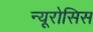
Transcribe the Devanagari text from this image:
न्यूरोसिस